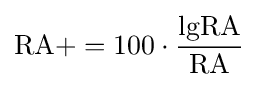
\mathrm {RA+} =100\cdot {\frac {\mathrm {lgRA} }{\mathrm {RA} }}